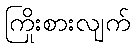
ကြိုးစားလျက်